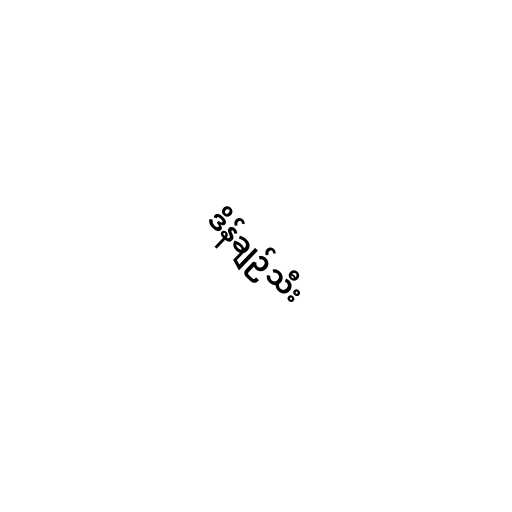
ဒိန်ချဉ်သီး